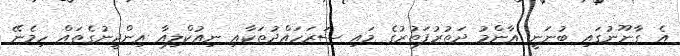
އެ ގާނޫނުގައި ބުނަނީ އާންމު ދަތުރުފަތުރުގެ މައި ސަރަހައްދުތަކާއި ނިއުކްލިއާ އިންޖީނުގެތައް ހިމެނޭ